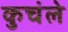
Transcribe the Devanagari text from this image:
कुचंले